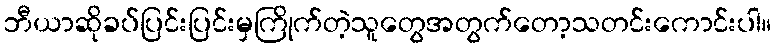
ဘီယာဆိုခပ်ပြင်းပြင်းမှကြိုက်တဲ့သူတွေအတွက်တော့သတင်းကောင်းပါ။